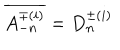
\overline { { { A _ { - n } ^ { \mp ( i ) } } } } = D _ { n } ^ { \pm ( i ) }